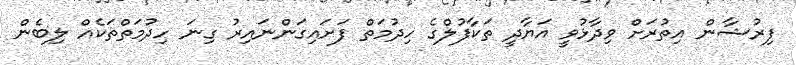
ފިރުޝާން އިތުރަށް ވިދާޅުވީ އަޔާދީ ތަކާފުލްގެ ހިދުމަތް ފަށައިގަންނައިރު ގިނަ ހިދުމަތްތަކެއް ލިބެން